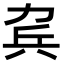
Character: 𠡥